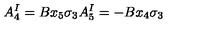
A _ { 4 } ^ { I } = B x _ { 5 } \sigma _ { 3 } A _ { 5 } ^ { I } = - B x _ { 4 } \sigma _ { 3 }